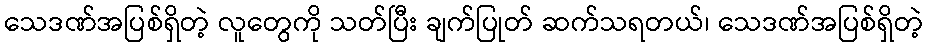
သေဒဏ်အပြစ်ရှိတဲ့ လူတွေကို သတ်ပြီး ချက်ပြုတ် ဆက်သရတယ်၊ သေဒဏ်အပြစ်ရှိတဲ့